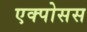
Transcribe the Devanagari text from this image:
एक्पोसस